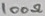
Text: 100Ω